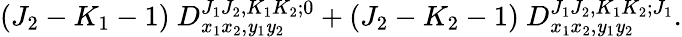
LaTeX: (J_{2}-K_{1}-1)~D_{x_{1}x_{2},\mathit{y}_{1}\mathit{y}_{2}}^{J_{1}J_{2},K_{1}K_{2};0}+(J_{2}-K_{2}-1)~D_{x_{1}x_{2},\mathit{y}_{1}\mathit{y}_{2}}^{J_{1}J_{2},K_{1}K_{2};J_{1}}.